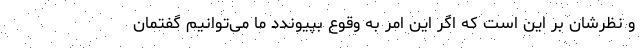
و نظرشان بر این است که اگر این امر به وقوع بپیوندد ما می‌توانیم گفتمان